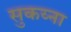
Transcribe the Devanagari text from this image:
सुकय्ना